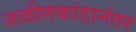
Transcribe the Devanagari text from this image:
जळीतकांडानंतर